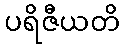
ပရိဇီယတိ